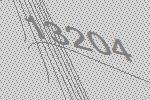
13204